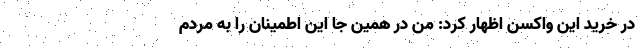
در خرید این واکسن اظهار کرد: من در همین جا این اطمینان را به مردم